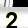
Digit: 2